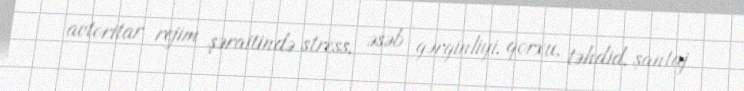
avtoritar rejim şəraitində stress, əsəb gərginliyi, qorxu, təhdid, şantaj